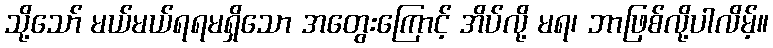
သို့သော် မယ်မယ်ရရမရှိသော အတွေးကြောင့် အိပ်လို့ မရ၊ ဘာဖြစ်လို့ပါလိမ့်။